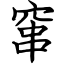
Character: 窜